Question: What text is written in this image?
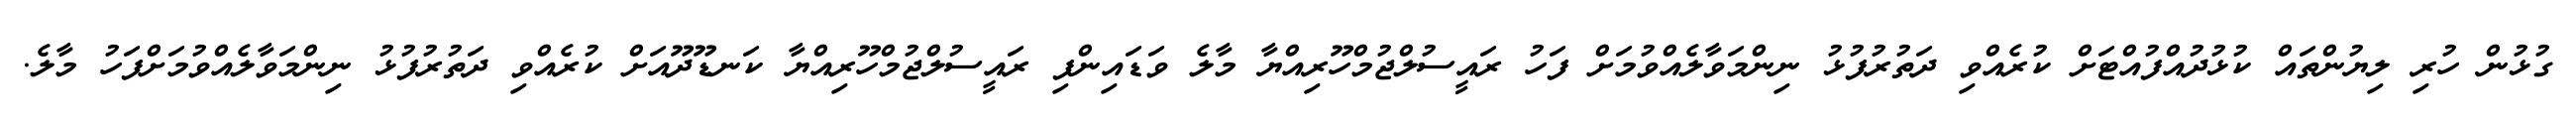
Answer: ގުޅުން ހުރި ލިޔުންތައް ކުޅުދުއްފުއްޓަށް ކުރެއްވި ދަތުރުފުޅު ނިންމަވާލެއްވުމަށް ފަހު ރައީސުލްޖުމްހޫރިއްޔާ މާލެ ވަޑައިންފި ރައީސުލްޖުމްހޫރިއްޔާ ކަނޑޫދޫއަށް ކުރެއްވި ދަތުރުފުޅު ނިންމަވާލެއްވުމަށްފަހު މާލެ.